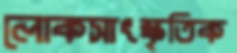
লোকসাংস্কৃতিক